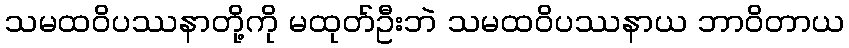
သမထဝိပဿနာတို့ကို မထုတ်ဦးဘဲ သမထဝိပဿနာယ ဘာဝိတာယ